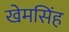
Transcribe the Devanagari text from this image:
खेमसिंह